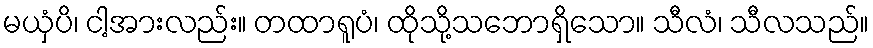
မယှံပိ၊ ငါ့အားလည်း။ တထာရူပံ၊ ထိုသို့သဘောရှိသော။ သီလံ၊ သီလသည်။